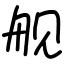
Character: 舰